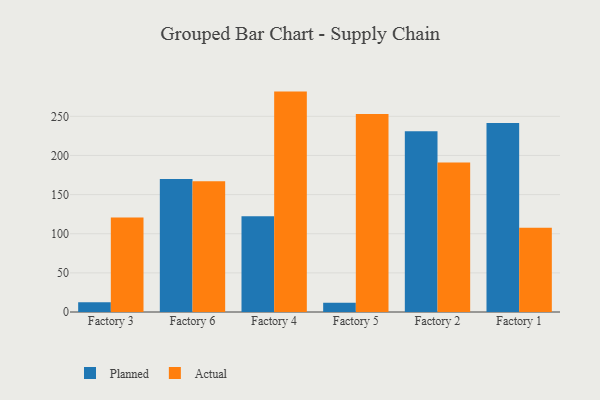
{"axis": {"x": "Factory", "y": "Headcount"}, "legend": ["Actual", "Planned"], "data": [{"x": "Factory 3", "y": 12.4, "type": "Planned"}, {"x": "Factory 3", "y": 120.8, "type": "Actual"}, {"x": "Factory 6", "y": 169.8, "type": "Planned"}, {"x": "Factory 6", "y": 167.0, "type": "Actual"}, {"x": "Factory 4", "y": 122.2, "type": "Planned"}, {"x": "Factory 4", "y": 281.6, "type": "Actual"}, {"x": "Factory 5", "y": 11.9, "type": "Planned"}, {"x": "Factory 5", "y": 253.0, "type": "Actual"}, {"x": "Factory 2", "y": 230.8, "type": "Planned"}, {"x": "Factory 2", "y": 191.0, "type": "Actual"}, {"x": "Factory 1", "y": 241.5, "type": "Planned"}, {"x": "Factory 1", "y": 107.8, "type": "Actual"}]}